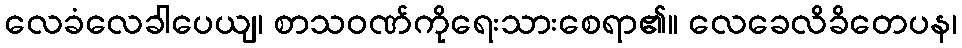
လေခံလေခါပေယျ၊ စာသဝဏ်ကိုရေးသားစေရာ၏။ လေခေလိခိတေပန၊